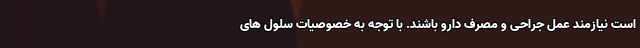
است نیازمند عمل جراحی و مصرف دارو باشند. با توجه به خصوصیات سلول های